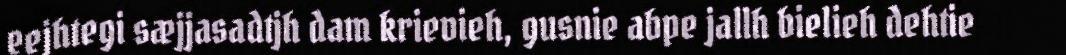
eejhtegi sæjjasadtjh dam krievieh, gusnie abpe jallh bielieh dehtie